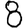
Digit: 8